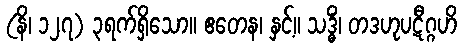
(နိ၊ ၁၂၇) ၃ရက်ရှိသော။ ဧတေန၊ နှင့်။ သဒ္ဓိံ၊ တဒဟုပဋီဂ္ဂဟိ